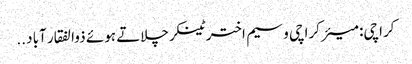
کراچی: میئر کراچی وسیم اختر ٹینکر چلاتے ہوئے ذوالفقار آباد ..